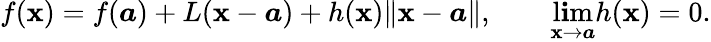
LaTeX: f({\boldsymbol{\mathbf{x}}})=f({\boldsymbol{a}})+L({\boldsymbol{\mathbf{x}}}-{\boldsymbol{a}})+h({\boldsymbol{\mathbf{x}}})\lVert{\boldsymbol{\mathbf{x}}}-{\boldsymbol{a}}\rVert,\qquad\operatorname*{l\mathbf{i}m}_{{\boldsymbol{\mathbf{x}}}\to{\boldsymbol{a}}}h({\boldsymbol{\mathbf{x}}})=0.